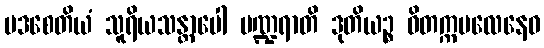
ပဒစေတိယံ သူရိယသန္တာပေါ ပဏ္ဍရာတိ ဒုတိယဉ္စ ဝိတက္ကဗလေနေဝ